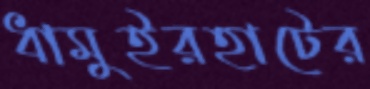
ধামুইরহাটের